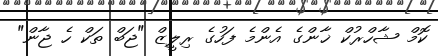
ކޮމް ޝާހްރުކް ޚާންގެ އެންމެ ފަހުގެ ރިލީޒް "ޖަބް ތަކް ހެ ޖާން"